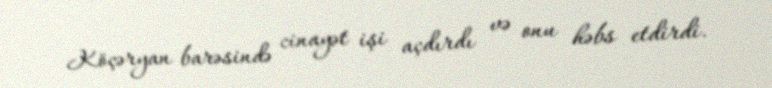
Köçəryan barəsində cinayət işi açdırdı və onu həbs etdirdi.